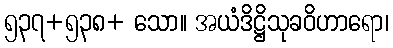
၅၃၇+၅၃၈+ သော။ အယံဒိဋ္ဌိသုခဝိဟာရော၊